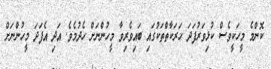
ކޮންމެ މީހަކީވެސް ކުޅިވަރުފަދަ ހަރަކާތްތަކުގައި ބައިވެރިވާ މީހުންނަށް ހެދުމެވެ. އަދި އެފަދަ މީހުންނަށް